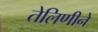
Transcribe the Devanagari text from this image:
तेलिणीने